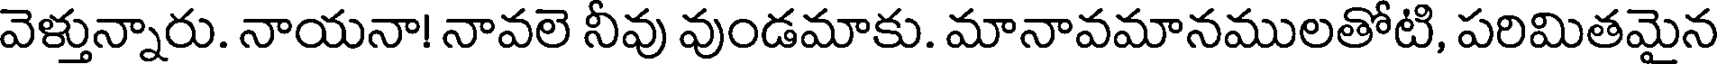
వెళ్తున్నారు. నాయనా! నావలె నీవు వుండమాకు. మానావమానములతోటి, పరిమితమైన